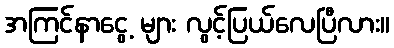
အကြင်နာငွေ့ များ လွင့်ပြယ်လေပြီလား။